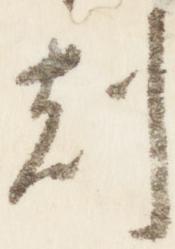
刻